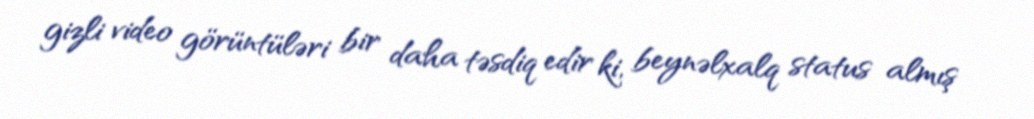
gizli video görüntüləri bir daha təsdiq edir ki, beynəlxalq status almış